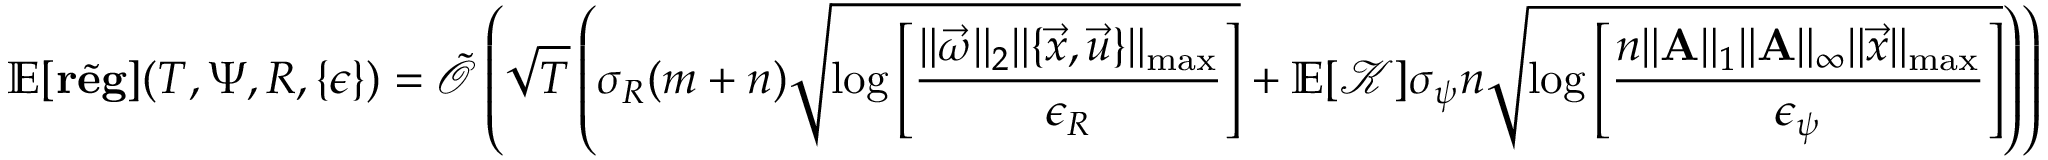
\mathbb { E } [ \tilde { \mathbf { r e g } } ] ( T , \Psi , R , \{ \epsilon \} ) = \tilde { \mathcal { O } } \left( \sqrt { T } \left( \sigma _ { R } ( m + n ) \sqrt { \log \left[ \frac { \| \vec { \omega } \| _ { 2 } \| \{ \vec { x } , \vec { u } \} \| _ { \operatorname* { m a x } } } { \epsilon _ { R } } \right] } + \mathbb { E } [ \mathcal { K } ] \sigma _ { \psi } n \sqrt { \log \left[ \frac { n \| \mathbf { A } \| _ { 1 } \| \mathbf { A } \| _ { \infty } \| \vec { x } \| _ { \operatorname* { m a x } } } { \epsilon _ { \psi } } \right] } \right) \right)